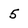
Character: 5